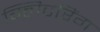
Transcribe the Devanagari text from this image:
ग्लिटरिंग